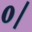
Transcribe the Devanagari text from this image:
०।